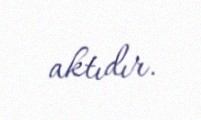
aktıdır.